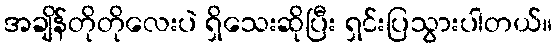
အချိန်တိုတိုလေးပဲ ရှိသေးဆိုပြီး ရှင်းပြသွားပါတယ်။